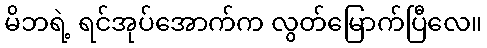
မိဘရဲ့ ရင်အုပ်အောက်က လွတ်မြောက်ပြီလေ။